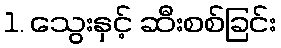
1. သွေးနှင့် ဆီးစစ်ခြင်း